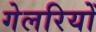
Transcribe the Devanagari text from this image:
गेलरियों